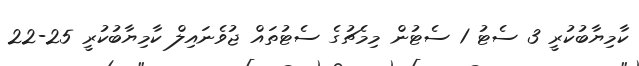
ކާމިޔާބުކުރީ 3 ސެޓު 1 ސެޓުން މިމެޗުގެ ސެޓުތައް ޖުވެނައިލް ކާމިޔާބުކުރީ 25-22